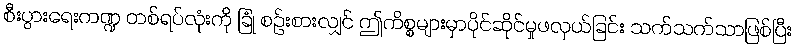
စီးပွားရေးကဏ္ဍ တစ်ရပ်လုံးကို ခြုံ စဉ်းစားလျှင် ဤကိစ္စများမှာပိုင်ဆိုင်မှုဖလှယ်ခြင်း သက်သက်သာဖြစ်ပြီး